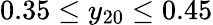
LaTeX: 0.35\leq y_{20}\leq 0.45